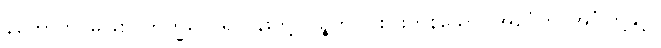
နဟောတိ၊ မဖြစ်။ ဘိက္ခဝေ၊ ရဟန်းတို့။ ပဉ္စဟိ၊ ငါးပါးကုန်သော။ အင်္ဂေဟိ၊ အင်္ဂါတို့နှင့်။